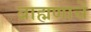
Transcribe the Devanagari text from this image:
ब्राह्मणाचें